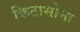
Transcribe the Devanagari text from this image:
किटासोनो